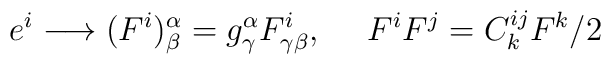
e^{i}\longrightarrow (F^{i})^{\alpha}_{\beta}=g^{\alpha}_{\gamma}    F^{i}_{\gamma \beta}, \ \ \ \ F^{i}F^{j}=C^{ij}_{k}F^{k}/2